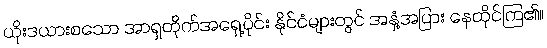
ယိုးဒယားစသော အာရှတိုက်အရှေ့ပိုင်း နိုင်ငံများတွင် အနှံ့အပြား နေထိုင်ကြ၏။